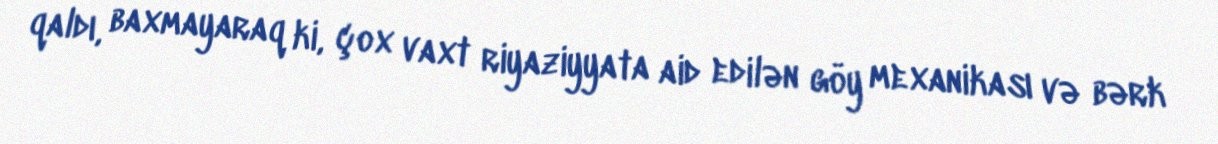
qaldı, baxmayaraq ki, çox vaxt riyaziyyata aid edilən göy mexanikası və bərk